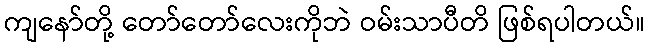
ကျနော်တို့ တော်တော်လေးကိုဘဲ ဝမ်းသာပီတိ ဖြစ်ရပါတယ်။